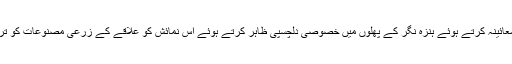
نمائش میں شریک مہمانوں نے مختلف اسٹالز کا معائینہ کرتے ہوئے ہنزہ نگر کے پھلوں میں خصوصی دلچسپی ظاہر کرتے ہوئے اس نمائش کو علاقے کے زرعی مصنوعات کو ترقی دینے کے سلسلے میں ایک مثبت قدم قرار دیا۔